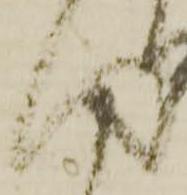
得